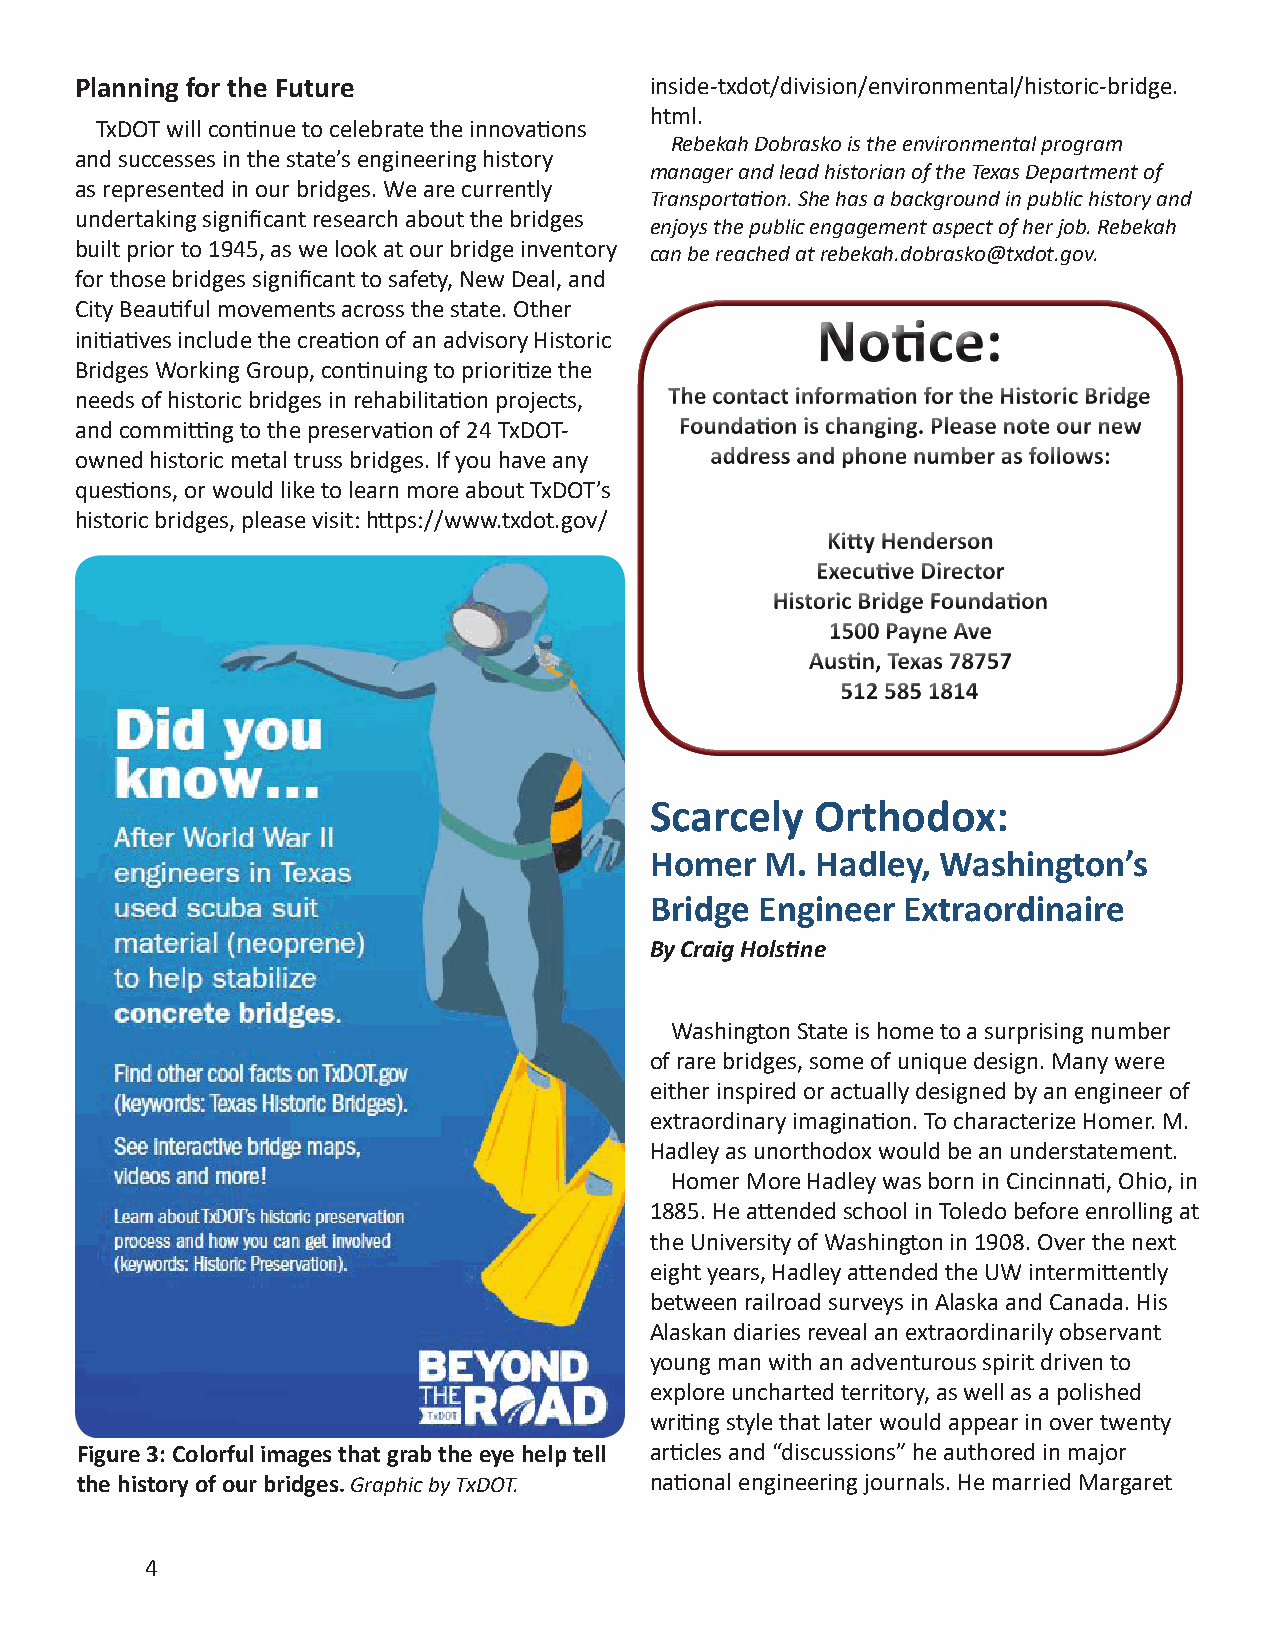
Planning for the Future               inside-txdot/division/environmental/historic-bridge.
 html.
 TxDOT will continue to celebrate the innovations
 Rebekah Dobrasko is the environmental program
 and successes in the state’s engineering history
 manager and lead historian of the Texas Department of
 as represented in our bridges. We are currently
 Transportation. She has a background in public history and
 undertaking significant research about the bridges
 enjoys the public engagement aspect of her job. Rebekah
 built prior to 1945, as we look at our bridge inventory can be reached at rebekah.dobrasko@txdot.gov.
 for those bridges significant to safety, New Deal, and
 City Beautiful movements across the state. Other
 initiatives include the creation of an advisory Historic
 Bridges Working Group, continuing to prioritize the
 needs of historic bridges in rehabilitation projects,
 and committing to the preservation of 24 TxDOT-
 owned historic metal truss bridges. If you have any
 questions, or would like to learn more about TxDOT’s
 historic bridges, please visit: https://www.txdot.gov/
 Scarcely   Orthodox:
 Homer   M. Hadley, Washington’s
 Bridge Engineer  Extraordinaire
 By Craig Holstine
 Washington State is home to a surprising number
 of rare bridges, some of unique design. Many were
 either inspired or actually designed by an engineer of
 extraordinary imagination. To characterize Homer. M.
 Hadley as unorthodox would be an understatement.
 Homer More Hadley was born in Cincinnati, Ohio, in
 1885. He attended school in Toledo before enrolling at
 the University of Washington in 1908. Over the next
 eight years, Hadley attended the UW intermittently
 between railroad surveys in Alaska and Canada. His
 Alaskan diaries reveal an extraordinarily observant
 young man with an adventurous spirit driven to
 explore uncharted territory, as well as a polished
 writing style that later would appear in over twenty
 Figure 3: Colorful images that grab the eye help tell articles and “discussions” he authored in major
 the history of our bridges. Graphic by TxDOT. national engineering journals. He married Margaret
 4